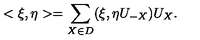
< \xi , \eta > = \sum _ { X \in D } ( \xi , \eta U _ { - X } ) U _ { X } .